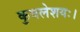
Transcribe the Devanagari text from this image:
कुवलेशयः।